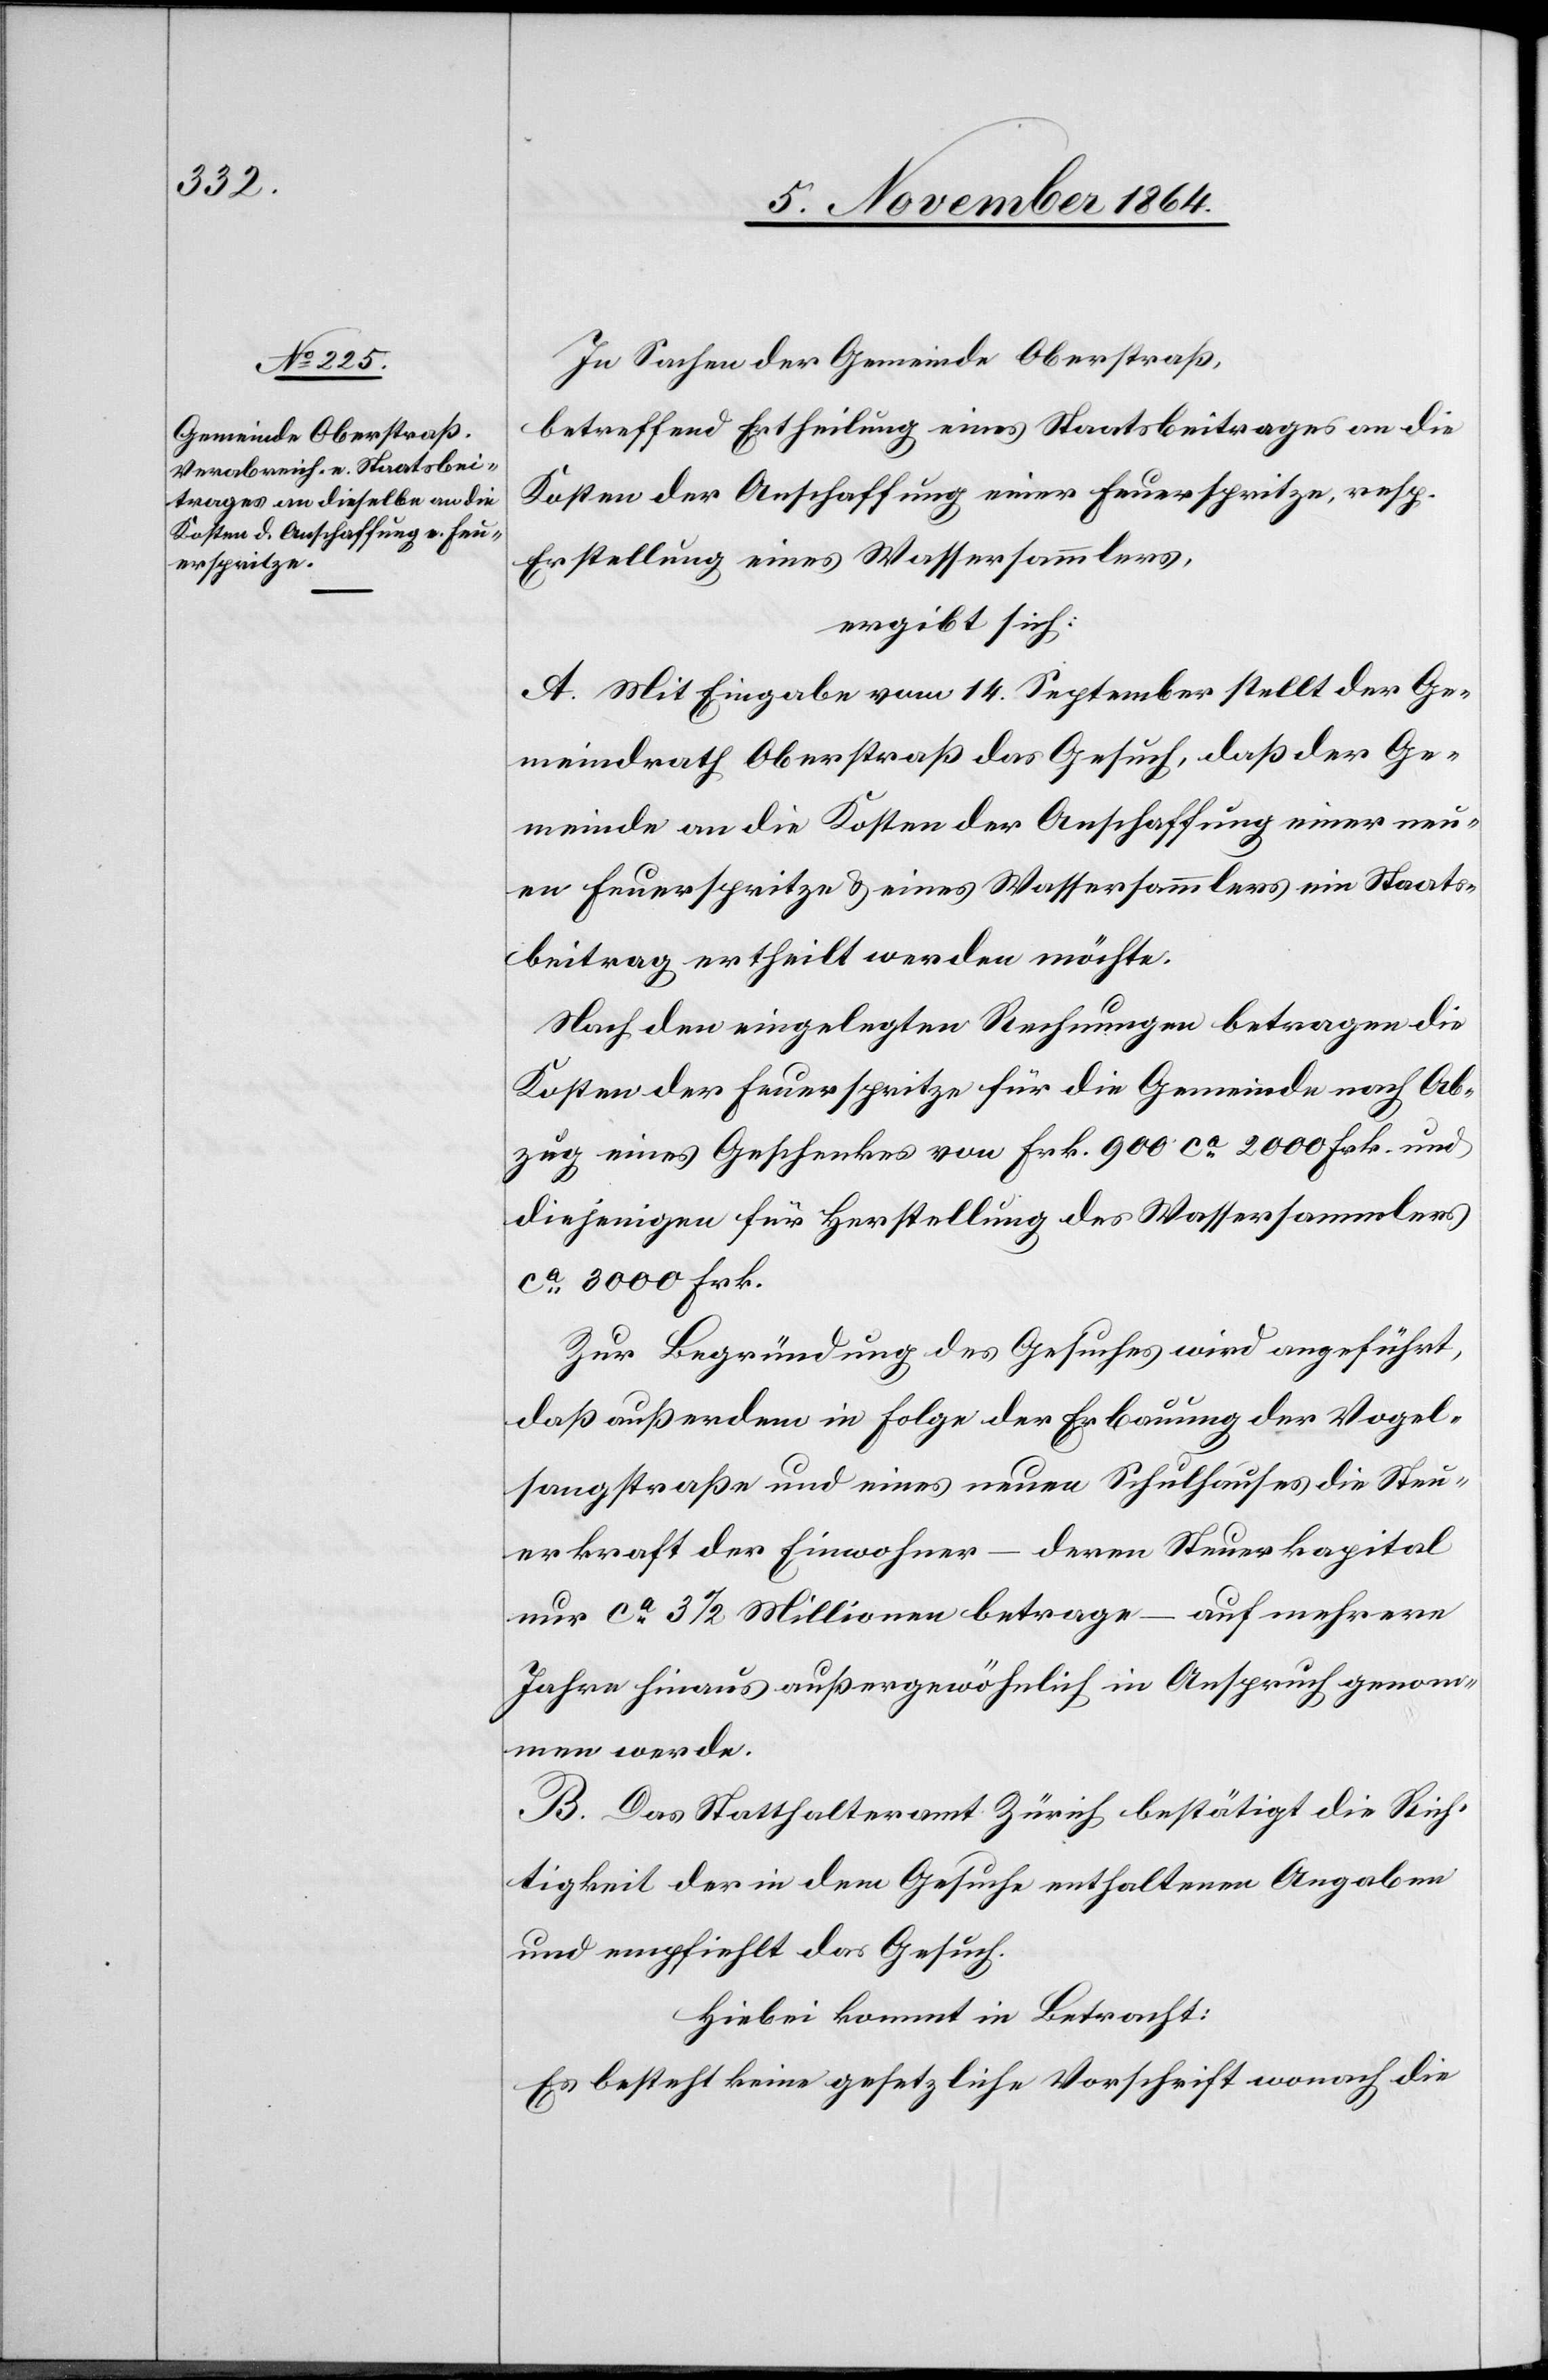
In Sachen der Gemeinde Oberstraß,
betreffend Ertheilung eines Staatsbeitrages an die
Kosten der Anschaffung einer Feuerspritze, resp.
Erstellung eines Wassersammlers,
ergibt sich:
A. Mit Eingabe vom 14. September stellt der Ge¬
meindrath Oberstraß das Gesuch, daß der Ge¬
meinde an die Kosten der Anschaffung einer neu¬
en Feuerspritze & eines Wassersammlers ein Staats¬
beitrag ertheilt werden möchte.
Nach den eingelegten Rechnungen betragen die
Kosten der Feuerspritze für die Gemeinde nach Ab¬
zug eines Geschenkes von Frk. 900 ca 2000 Frk. und
diejenigen für Herstellung des Wassersammlers
ca 3000 Frk.
Zur Begründung des Gesuches wird angeführt,
daß außerdem in Folge der Erbauung der Vogel¬
sangstraße und eines neuen Schulhauses die Steu¬
erkraft der Einwohner – deren Steuerkapital
nur ca 3 1/2 Millionen betrage – auf mehrere
Jahre hinaus außergewöhnlich in Anspruch genom¬
men werde.
B. Das Statthalteramt Zürich bestätigt die Rich¬
tigkeit der in dem Gesuche enthaltenen Angaben
und empfiehlt das Gesuch.
Hiebei kommt in Betracht:
Es besteht keine gesetzliche Vorschrift wonach die